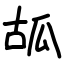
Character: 㼋